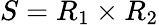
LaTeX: S=R_{1}\times R_{2}